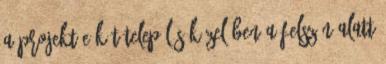
A projekt e két település közelében a felszín alatt